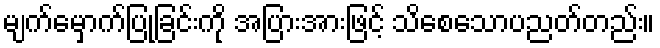
မျက်မှောက်ပြုခြင်းကို အပြားအားဖြင့် သိစေသောပညတ်တည်း။